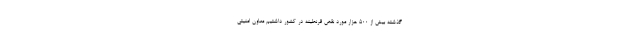
گذشته بیش از ۵۰۰ هزار مورد نقض قرنطینه در کشور داشتیم معاون امنیتی